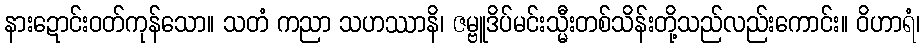
နားဍောင်းဝတ်ကုန်သော။ သတံ ကညာ သဟဿာနိ၊ ဇမ္ဗူဒိပ်မင်းသ္မီးတစ်သိန်းတို့သည်လည်းကောင်း။ ဝိဟာရံ၊